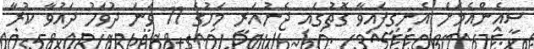
ސީއެންއެމަށް އެނގިފައިވާ ގޮތުގައި ޖެނުއަރީ މަހުގެ 11 ވަނަ ދުވަހު ދައުވާ ކުރާ